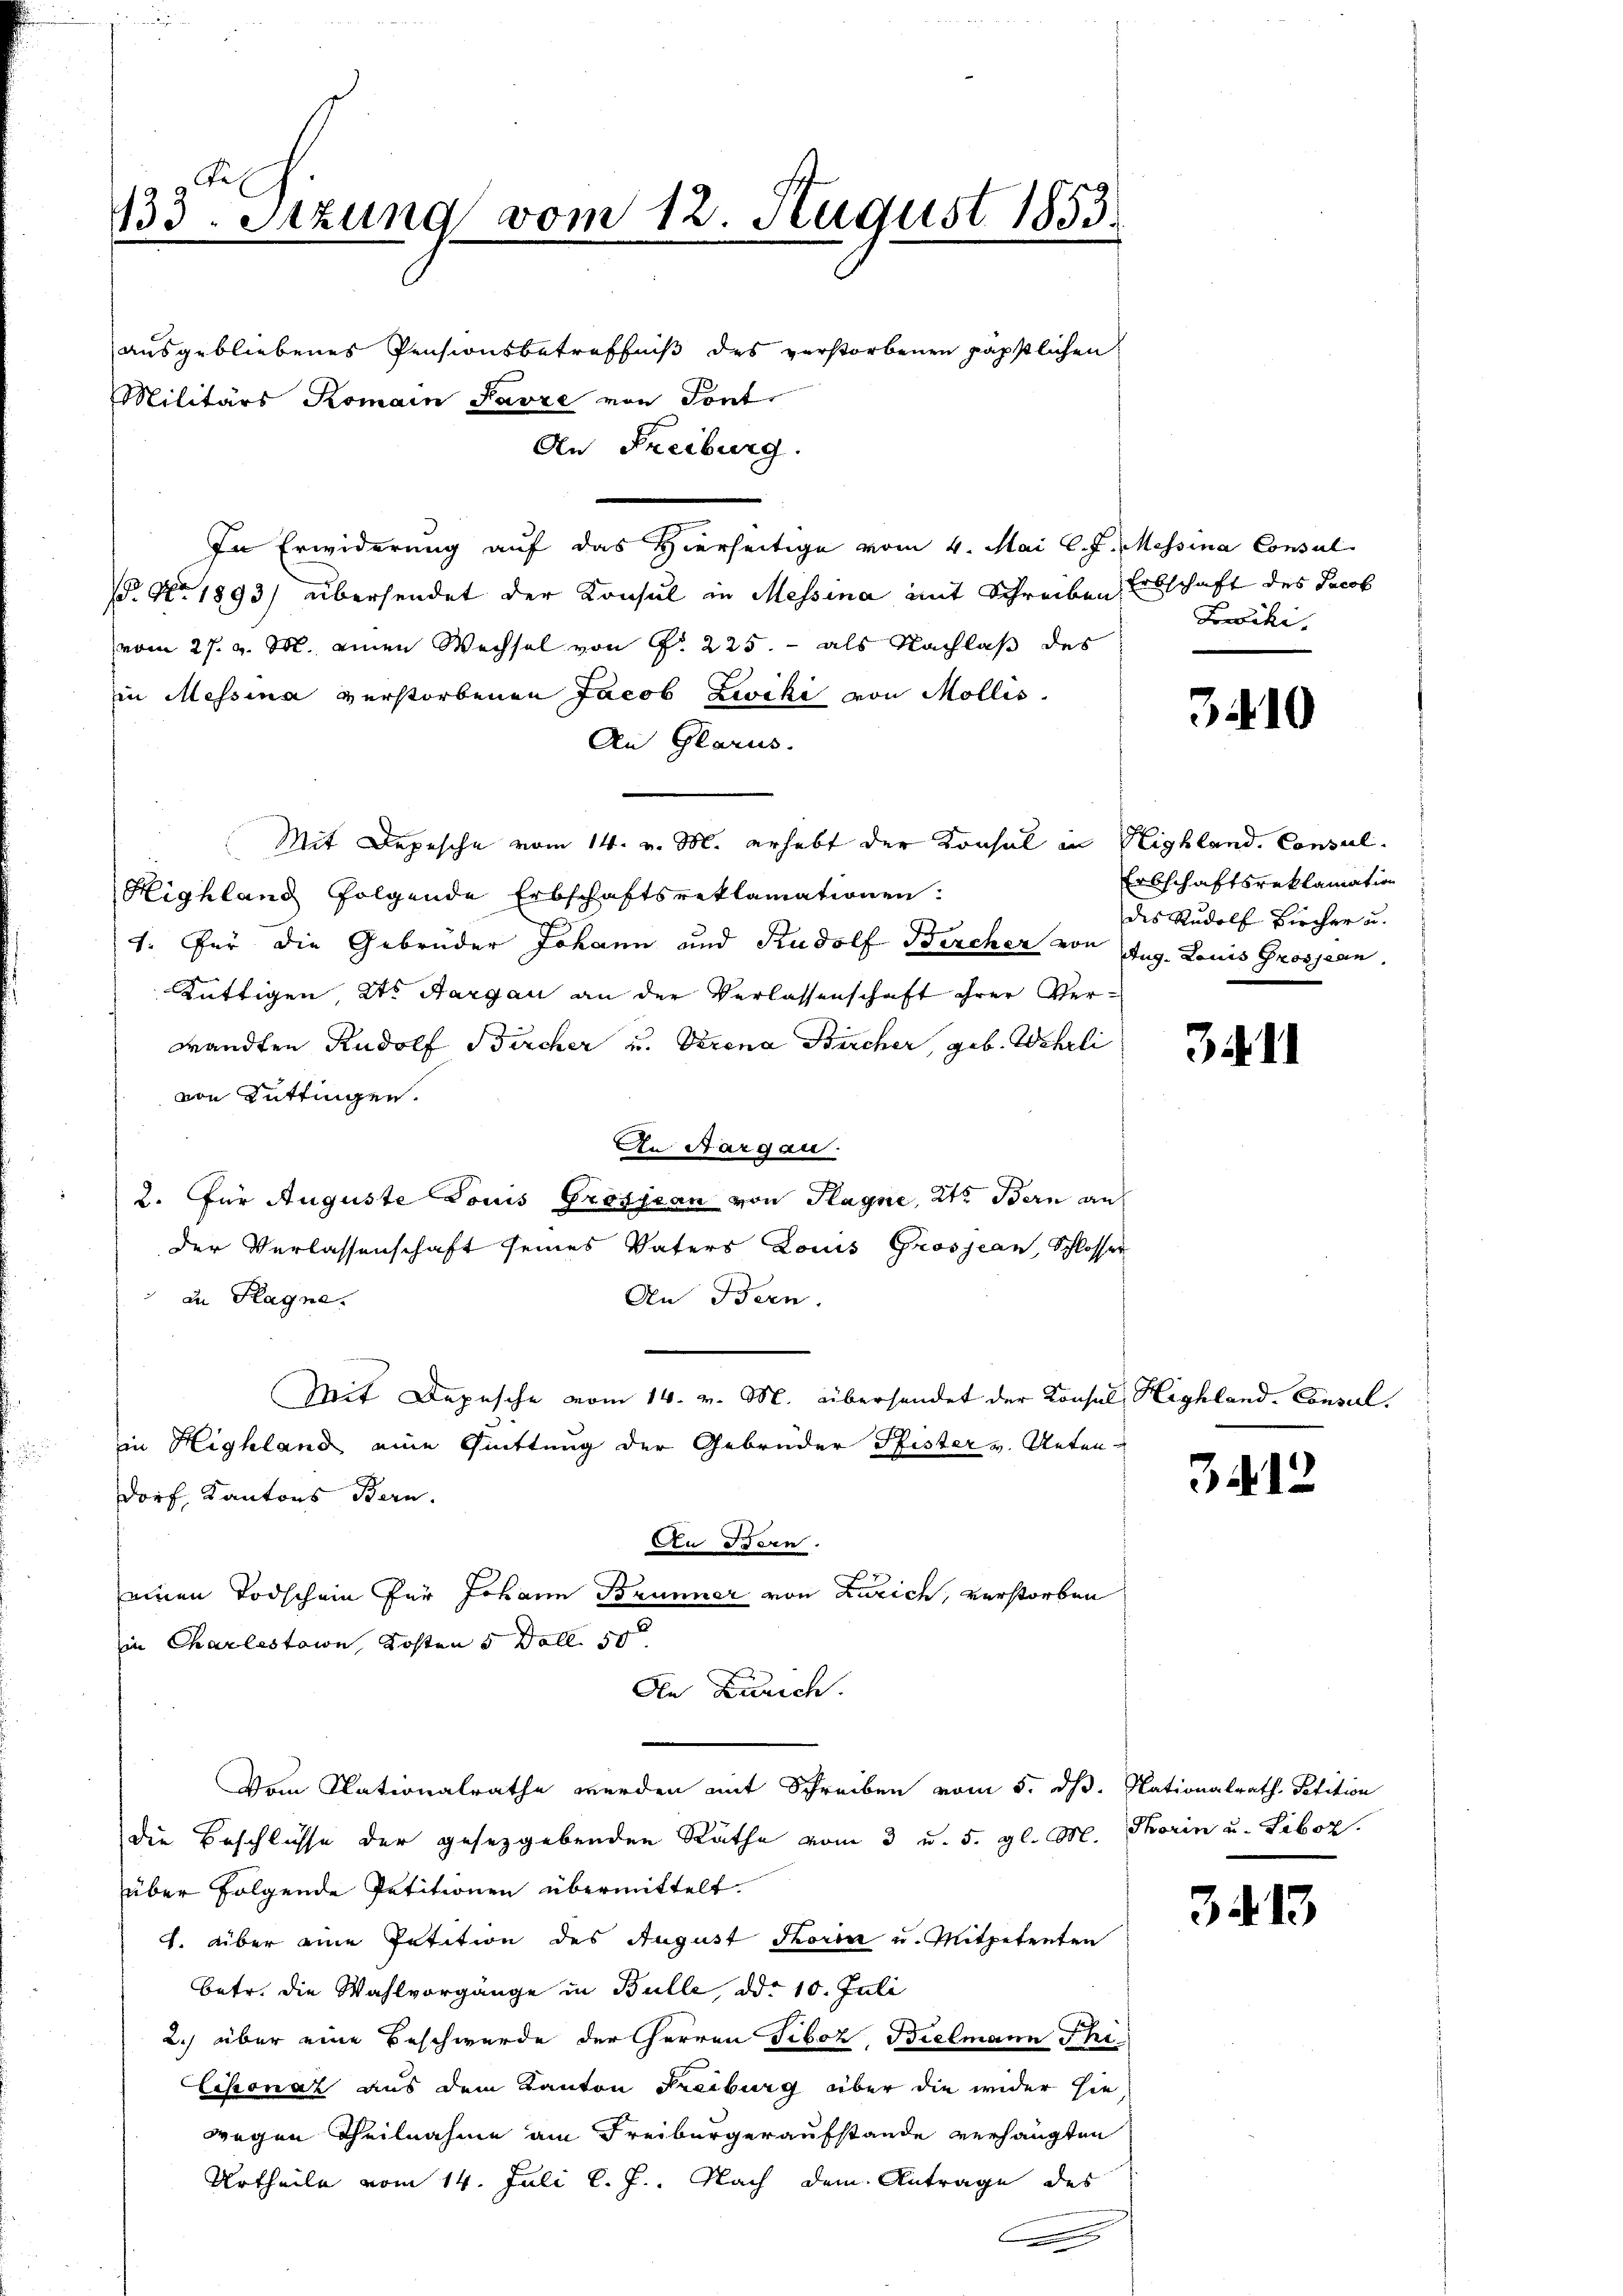
133. Sitzung vom 12. August 1853.

ausgebliebenes Pensionsbetreffniß des verstorbenen päpstlichen
In Erwiderung auf das Hierseitige vom 4. Mai l. J. Messina Consul
. No. 1893) übersendet der Konsul in Messina mit Schreiben Erbschaft des Jacob
vom 27. v. M. einen Wechsel von § 225. - als Nachlaß des
in Messina verstorbenen Jacob Zwiki von Mollis.
An Glarus.
Mit Depesche vom 14. v. M. erhebt der Konsul in Highland. Consul
Highland folgende Erbschaftsreklamationen:
1. Für die Gebrüder Johann und Rudolf Bercher von Aug. Louis Grosjean,
Küttigen, Kts. Aargau an der Verlassenschaft ihrer Verwandten Rudolf Bircher u. Strena Bircher, geb. Wehrli
von Rüttingen.
In Aargau.
2. für Auguste Louis Grosjean von Hagne, 2te Bern an
der Verlassenschaft seines Vaters Louis Grosjean, Schlosser
an Plagne.
An Bern.
Mit Depesche vom 14. v. M. übersendet der Konsul Highland-Consul
iin Highland eine Quittung der Gebrüder Pfister v. Reten¬
Dorf, Kantons Bern.
Au Bern.
einen Todschein für Johann Brunner von Zürich, verstorben
in Charlestain, Kosten 5 Doll. 50
An Zürich.
Vom Nationalrathe werden mit Schreiben vom 5. dß. Nationalrath Petition
die Beschlüsse der gesetzgebenden Räthe vom 3 u. 5. gl. M. Thorin u. Libor.
über folgende Petitionen übermittelt.
1. Über eine Petition des August Thoria u. Mitpetenten
betr. die Wahlvorgänge in Bulle, ddo 10. Juli
2.) über eine Beschwerde der Herren Tiboz, Bielmann Phi¬
Cisonáz aus dem Kanton Freiburg über die wider sie
wegen Theilnahme am Freiburgeraufstande verhängten
Urtheile vom 14. Juli l. J. Nach dem Antrage des
.

Militärs Komain Parze von Tont

An Freiburg.

Forschi.

3410

Erbschaftsreklamation
des Rudolf Bircher u.

3411

3412

3213